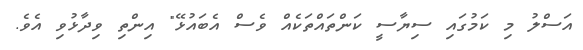
އަސްލު މި ކަމުގައި ސިޔާސީ ކަންތައްތަކެއް ވެސް އެބައުޅޭ" އިންތި ވިދާޅުވި އެވެ.